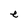
Character: e